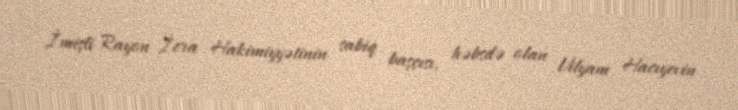
İmişli Rayon İcra Hakimiyyətinin sabiq başçısı, həbsdə olan Vilyam Hacıyevin